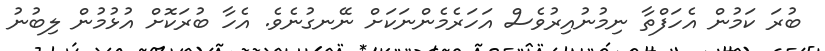
ބުރަ ކަމުން އެހަފްތާ ނިމުނުއިރުވެސް އަހަރެމެންނަކަށް ނޭނގުނެވެ. އެހާ ބުރަކޮށް އުޅުމުން ލިބުނު